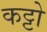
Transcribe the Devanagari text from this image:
कट्टो